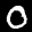
Label: 0